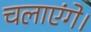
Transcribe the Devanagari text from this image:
चलाएंगे।